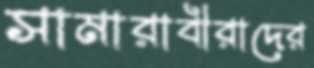
সামারাবীরাদের